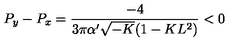
P _ { y } - P _ { x } = \frac { - 4 } { 3 \pi \alpha ^ { \prime } \sqrt { - K } ( 1 - K L ^ { 2 } ) } < 0